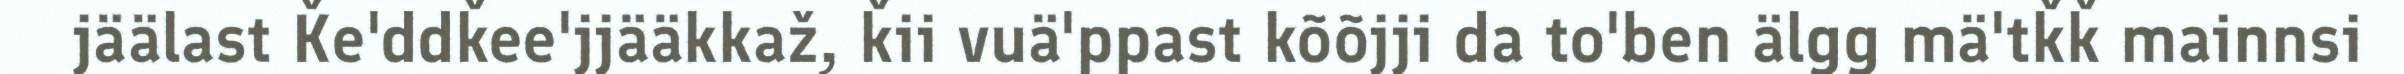
jäälast Ǩe'ddǩee'jjääkkaž, ǩii vuä'ppast kõõjji da to'ben älgg mä'tǩǩ mainnsi